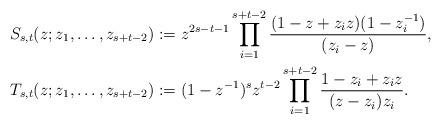
LaTeX: \begin{align*}S_{s,t}(z;z_1,\ldots,z_{s+t-2})&:= z^{2s-t-1} \prod_{i=1}^{s+t-2} \frac{(1-z+ z_i z)(1-z_i^{-1})}{(z_i-z)}, \\T_{s,t}(z;z_1,\ldots,z_{s+t-2}) &:= (1-z^{-1})^s z^{t-2} \prod_{i=1}^{s+t-2} \frac{1-z_i + z_i z}{(z-z_i) z_i}.\end{align*}